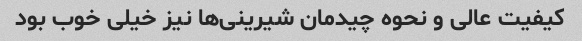
کیفیت عالی و نحوه چیدمان شیرینی‌ها نیز خیلی خوب بود